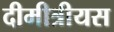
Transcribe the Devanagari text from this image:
दीमीत्रीयस